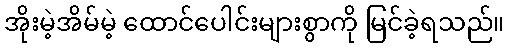
အိုးမဲ့အိမ်မဲ့ ထောင်ပေါင်းများစွာကို မြင်ခဲ့ရသည်။